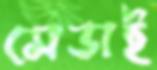
সেডাই